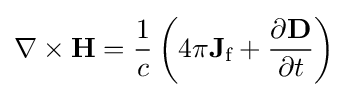
\nabla \times \mathbf {H} ={\frac {1}{c}}\left(4\pi \mathbf {J} _{\text{f}}+{\frac {\partial \mathbf {D} }{\partial t}}\right)